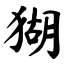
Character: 猢